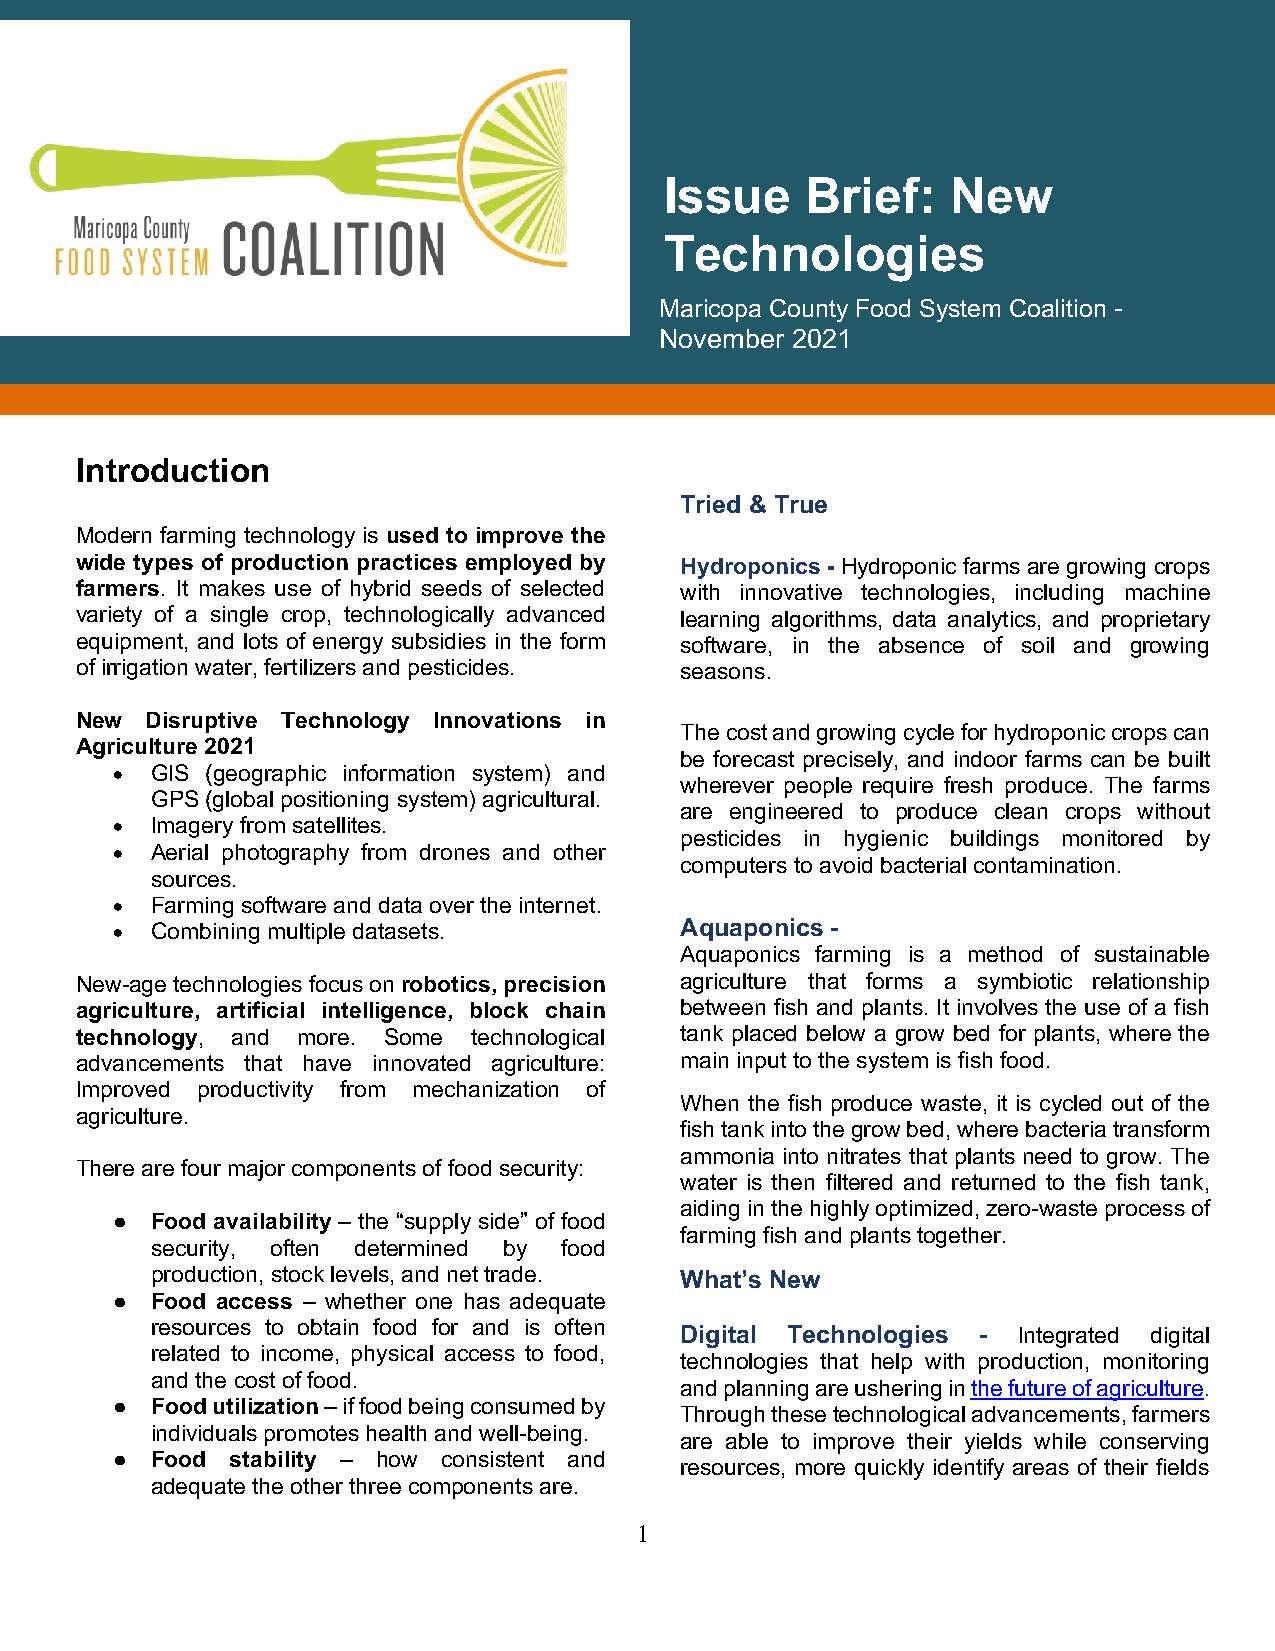
Issue    Brief:    New
 Technologies
 Maricopa County Food System Coalition -
 November 2021
 Introduction
 Tried & True
 Modern farming technology is used to improve the
 wide types of production practices employed by Hydroponics - Hydroponic farms are growing crops
 farmers. It makes use of hybrid seeds of selected with innovative technologies, including machine
 variety of a single crop, technologically advanced learning algorithms, data analytics, and proprietary
 equipment, and lots of energy subsidies in the form software, in the absence of soil and growing
 of irrigation water, fertilizers and pesticides. seasons.
 New  Disruptive Technology Innovations in
 The cost and growing cycle for hydroponic crops can
 Agriculture 2021
 be forecast precisely, and indoor farms can be built
 • GIS (geographic information system) and
 wherever people require fresh produce. The farms
 GPS (global positioning system) agricultural.
 are engineered to produce clean crops without
 • Imagery from satellites.
 pesticides in hygienic buildings monitored by
 • Aerial photography from drones and other
 computers to avoid bacterial contamination.
 sources.
 • Farming software and data over the internet.
 • Combining multiple datasets.       Aquaponics -
 Aquaponics farming is a method of sustainable
 New-age technologies focus on robotics, precision agriculture that forms a symbiotic relationship
 agriculture, artificial intelligence, block chain between fish and plants. It involves the use of a fish
 technology, and more. Some technological tank placed below a grow bed for plants, where the
 advancements that have innovated agriculture: main input to the system is fish food.
 Improved productivity from mechanization of
 When the fish produce waste, it is cycled out of the
 agriculture.
 fish tank into the grow bed, where bacteria transform
 ammonia into nitrates that plants need to grow. The
 There are four major components of food security:
 water is then filtered and returned to the fish tank,
 aiding in the highly optimized, zero-waste process of
 ● Food availability – the “supply side” of food
 farming fish and plants together.
 security, often determined by food
 production, stock levels, and net trade. What’s New
 ● Food access – whether one has adequate
 resources to obtain food for and is often Digital Technologies - Integrated digital
 related to income, physical access to food,
 technologies that help with production, monitoring
 and the cost of food.
 and planning are ushering in the future of agriculture.
 ● Food utilization – if food being consumed by
 Through these technological advancements, farmers
 individuals promotes health and well-being.
 are able to improve their yields while conserving
 ● Food stability – how consistent and resources, more quickly identify areas of their fields
 adequate the other three components are.
 1